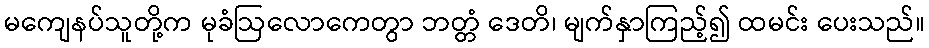
မကျေနပ်သူတို့က မုခံဩလောကေတွာ ဘတ္တံ ဒေတိ၊ မျက်နှာကြည့်၍ ထမင်း ပေးသည်။